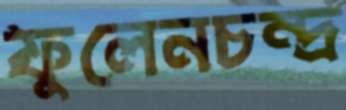
ফুলেনচন্দ্র